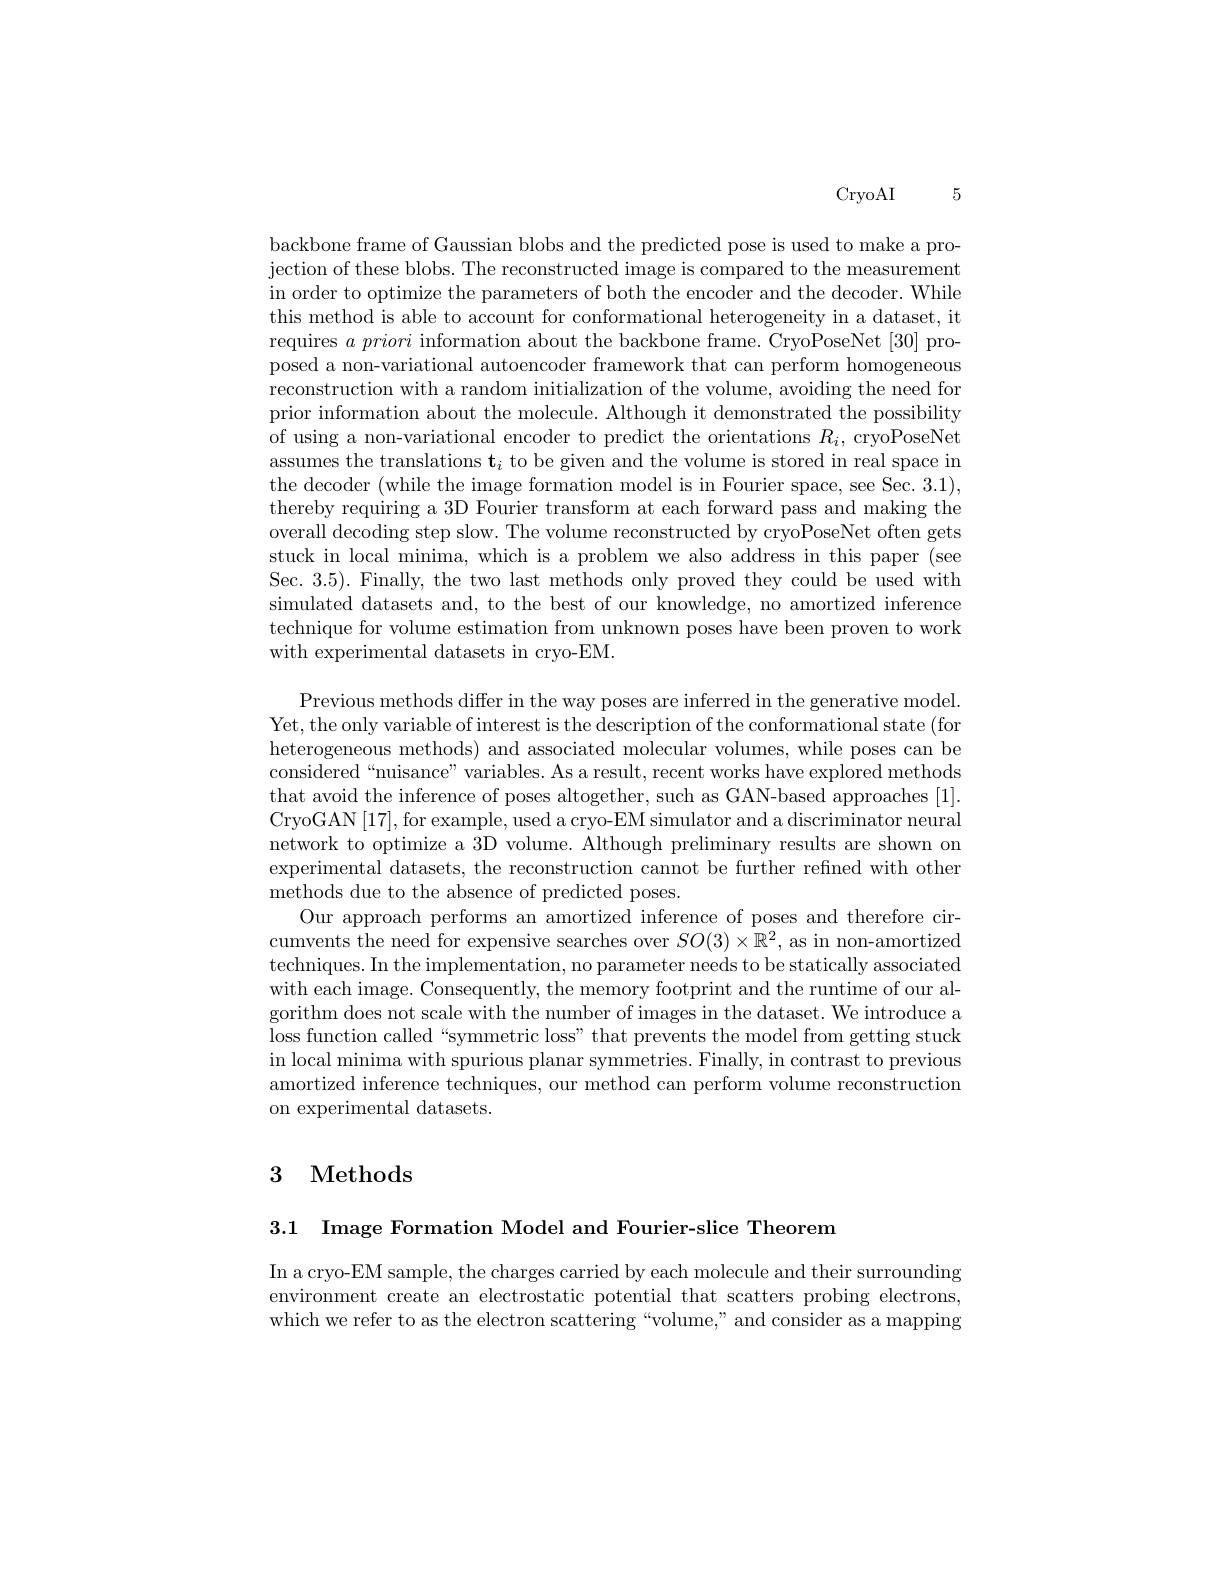
CryoAI5

backbone frame of Gaussian blobs and the predicted pose is used to make a projection of these blobs. The reconstructed image is compared to the measurement in order to optimize the parameters of both the encoder and the decoder. While this method is able to account for conformational heterogeneity in a dataset, it requires $a\textit{priori information about the backbone frame. CryoPoseNet[ 30] pro- }$ posed a non-variational autoencoder framework that can perform homogeneous reconstruction with a random initialization of the volume, avoiding the need for prior information about the molecule. Although it demonstrated the possibility of using a non-variational encoder to predict the orientations $R_i$, cryoPoseNet assumes the translations $\mathbf{t}_i$ to be given and the volume is stored in real space in the decoder (while the image formation model is in Fourier space, see Sec. 3.1), thereby requiring a 3D Fourier transform at each forward pass and making the overall decoding step slow. The volume reconstructed by cryoPoseNet often gets stuck in local minima, which is a problem we also address in this paper (see Sec. 3.5). Finally, the two last methods only proved they could be used with simulated datasets and, to the best of our knowledge, no amortized inference technique for volume estimation from unknown poses have been proven to work with experimental datasets in cryo-EM.

Previous methods differ in the way poses are inferred in the generative model. Yet, the only variable of interest is the description of the conformational state (for heterogeneous methods) and associated molecular volumes, while poses can be considered“nuisance”variables. As a result, recent works have explored methods that avoid the inference of poses altogether, such as GAN-based approaches [1]. CryoGAN[17], for example, used a cryo-EM simulator and a discriminator neural network to optimize a 3D volume. Although preliminary results are shown on experimental datasets, the reconstruction cannot be further refined with other methods due to the absence of predicted poses.
Our approach performs an amortized inference of poses and therefore circumvents the need for expensive searches over $SO(3)\times\mathbb{R}^2$, as in non-amortized techniques. In the implementation, no parameter needs to be statically associated with each image. Consequently, the memory footprint and the runtime of our algorithm does not scale with the number of images in the dataset. We introduce a loss function called“symmetric loss” that prevents the model from getting stuck in local minima with spurious planar symmetries. Finally, in contrast to previous amortized inference techniques, our method can perform volume reconstruction on experimental datasets.

# 3 Methods

3.1 Image Formation Model and Fourier-slice Theorem

In a cryo-EM sample, the charges carried by each molecule and their surrounding environment create an electrostatic potential that scatters probing electrons, which we refer to as the electron scattering “volume,”and consider as a mapping